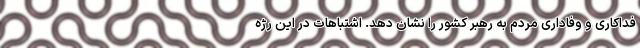
فداکاری و وفاداری مردم به رهبر کشور را نشان دهد. اشتباهات در این رژه